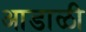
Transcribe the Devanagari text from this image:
आडाळी